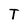
Character: T